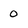
Character: 0